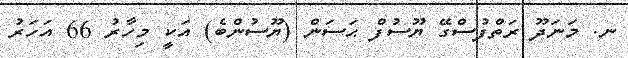
ނ. މަނަދޫ ރަތްފުސްގޭ ޔޫސުފް ޙަސަން (ޔޫސުންބެ) އަކީ މިހާރު 66 އަހަރު